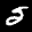
Label: 5